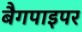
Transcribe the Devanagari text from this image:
बैगपाइपर